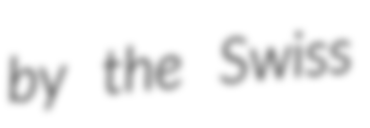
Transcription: by the Swiss